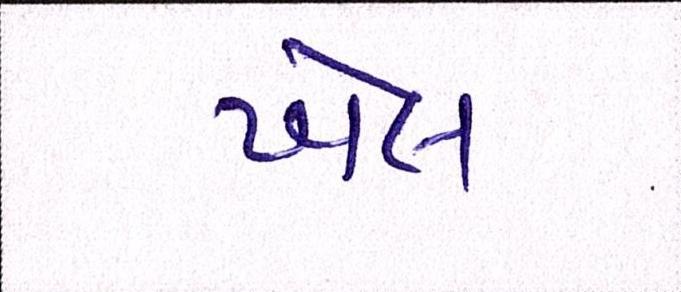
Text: ખેલ